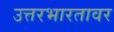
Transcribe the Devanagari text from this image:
उत्तरभारतावर